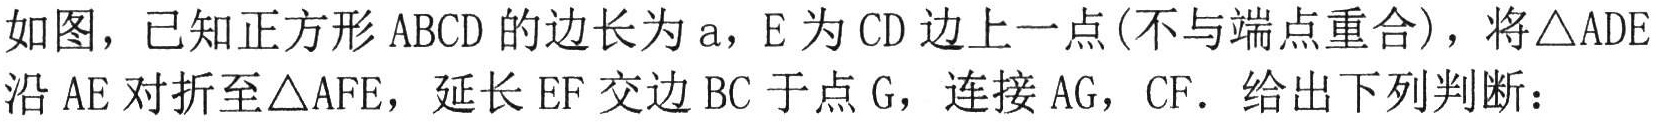
如图，已知正方形$\text{ABCD}$的边长为$\text{a}$，$\text{E}$为$\text{CD}$边上一点(不与端点重合)，将$\triangle \text{ADE}$沿$\text{AE}$对折至$\triangle \text{AFE}$，延长$\text{EF}$交边$\text{BC}$于点$\text{G}$，连接$\text{AG}$，$\text{CF}$．给出下列判断：